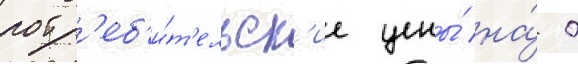
потр'еб'и́т'ельск'ие цены́ на́ 0